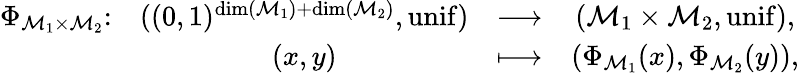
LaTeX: \begin{array}{cccc}{\Phi_{\mathcal{M}_{1}\times\mathcal{M}_{2}}\colon}&{((0,1)^{\dim(\mathcal{M}_{1})+\dim(\mathcal{M}_{2})},\operatorname{unif})}&{\longrightarrow}&{(\mathcal{M}_{1}\times\mathcal{M}_{2},\operatorname{unif}),}\\ &{(x,y)}&{\longmapsto}&{(\Phi_{\mathcal{M}_{1}}(x),\Phi_{\mathcal{M}_{2}}(y)),}\end{array}